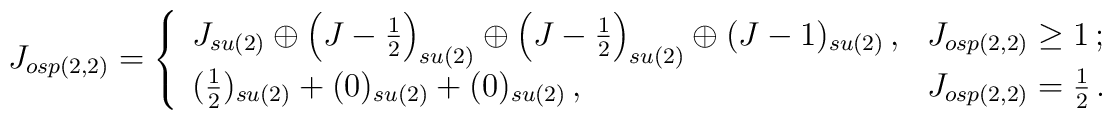
J_{osp(2,2)} = \left\{\begin{array}{ll}J_{su(2)} \oplus \left( J - \frac{1}{2}\right)_{su(2)}\oplus \left( J - \frac{1}{2}\right)_{su(2)} \oplus (J - 1)_{su(2)} \,,& J_{osp(2,2)} \geq 1  \,; \\(\frac{1}{2})_{su(2)} + (0)_{su(2)} + (0)_{su(2)} \,,& J_{osp(2,2)} = \frac{1}{2} \,.\end{array} \right.